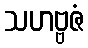
သဟဗ္ဗဇံ